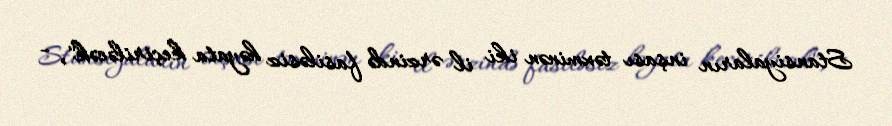
Stansiyaların inşası təxminən iki il ərzində fasiləsiz həyata keçiriləcək", -